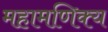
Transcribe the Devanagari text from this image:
महामणिक्य